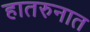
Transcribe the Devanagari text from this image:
हातरुनात